Scottish Leaving Certificate Examination, 1961
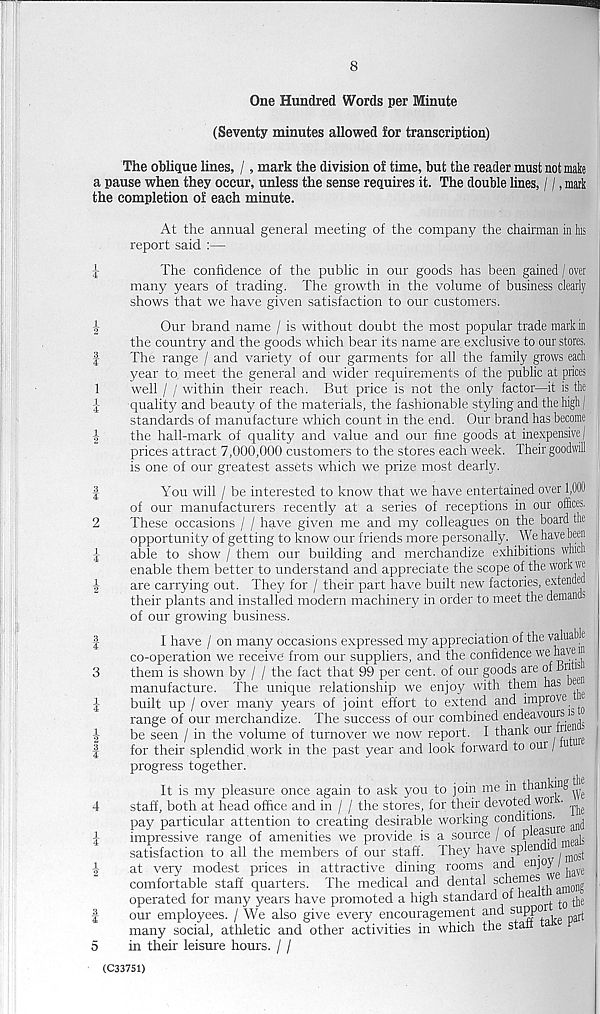
8
One Hundred Words per Minute
(Seventy minutes allowed for transcription)
The oblique lines, /, mark the division of time, but the reader must not make
a pause when they occur, unless the sense requires it. The double lines, / /, mark
the completion of each minute.
i
i
1
2
3
4
1
1
4
1
2
3
4
2
!
4"
1
3
4
3
i
4
1 2'
3
4
4
i
4
1
2
3
4
5
At the annual general meeting of the company the chairman in Ms
report said :—
The confidence of the public in our goods has been gained / over
many years of trading. The growth in the volume of business clearly
shows that we have given satisfaction to our customers.
Our brand name / is without doubt the most popular trade mark in
the country and the goods which bear its name are exclusive to our stores,
The range / and variety of our garments for all the family grows each
year to. meet the general and wider requirements of the public at prices
well / / within their reach. But price is not the only factor—it is the
quality and beauty of the materials, the fashionable styling and the high j
standards of manufacture which count in the end. Our brand has become
the hall-mark of quality and value and our fine goods at inexpensive!
prices attract 7,000,000 customers to the stores each week. Their goodwill
is one of our greatest assets which we prize most dearly.
You will / be interested to know that we have entertained over 1,000
of our manufacturers recently at a series of receptions in our offices,
These occasions / / have given me and my colleagues on the board the
opportunity of getting to know our friends more personally. We have been
able to show / them our building and merchandize exhibitions which
enable them better to understand and appreciate the scope of the work we
are carrying out. They for / their part have built new factories, extende
their plants and installed modern machinery in order to meet the demands
of our growing business.
I have / on many occasions expressed my appreciation of the valua e
co-operation we receive from our suppliers, and the confidence we hayei
them is shown by / / the fact that 99 per cent, of our goods are of Hvi
manufacture. The unique relationship we enjoy with them has^ ee
built up / over many years of joint effort to extend and improve
range of our merchandize. The success of our combined endeavours is
be seen / in the volume of turnover we now report. I thank om nei -
for their splendid , work in the past year and look forward to our / u
progress together.
It is my pleasure once again to ask you to join me in thanking
staff, both at head office and in / / the stores, for their devoted wore. ^
pay particular attention to creating desirable working conditions. ^ ^
impressive range of amenities we provide is a source / of
satisfaction to all the members of our staff. They have splen i ^
at very modest prices in attractive dining rooms and enjoy / ^
comfortable staff quarters. The medical and dental schemes
operated for many years have promoted a high standard of hea i ^ ^
our employees. / We also give every encouragement and suppo e t
many social, athletic and other activities in which the staff
in their leisure hours. / /
(C33751)